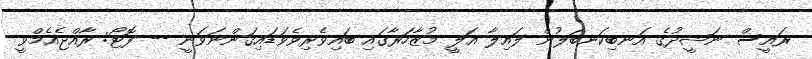
ރައީސް ނަޝީދުގެ އަނބިކަނބަލުން ލައިލާ އަލީ މުޒާހަރާގައި ބައިވެރިވެވަޑައިގަންނަވަނީ -- ފޮޓޯ: ރާއްޖެއެމްވީ